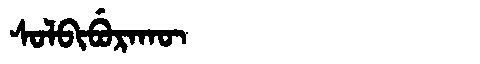
Manchu: ᠰᠣᠯᠪᡳᠪᡠᡵᠠᡴᡡ
Romanization: SOLBIBURAKŪ